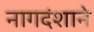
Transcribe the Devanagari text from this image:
नागदंशाने